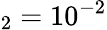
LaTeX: _2=10^{-2}